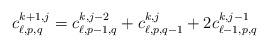
LaTeX: \begin{align*}c^{k+1, j}_{\ell, p, q}=c^{k, j-2}_{\ell, p-1, q}+c^{k, j}_{\ell, p, q-1}+2c^{k, j-1}_{\ell-1, p, q}\end{align*}